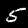
Digit: 5